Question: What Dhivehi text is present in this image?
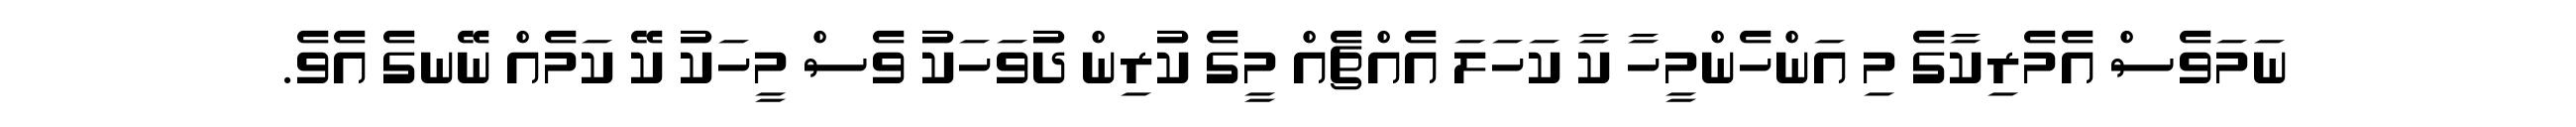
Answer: ނަމަވެސް އެމެރިކާގެ މި އަންހެންމީހާ ކާ ކަހަލަ އެއްޗެއް މީގެ ކުރިން ދުވަހަކު ވެސް މީހަކު ކޭ ކަމެއް ނޭނގެ އެވެ.